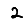
Digit: 2